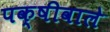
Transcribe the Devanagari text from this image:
पक्षीवाले